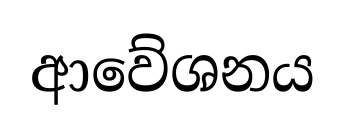
ආවේශනය